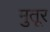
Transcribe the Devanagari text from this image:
मुतूर